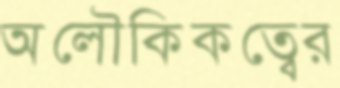
অলৌকিকত্বের